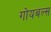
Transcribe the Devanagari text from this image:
गोयबल्स